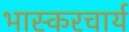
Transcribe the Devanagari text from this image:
भास्करचार्य